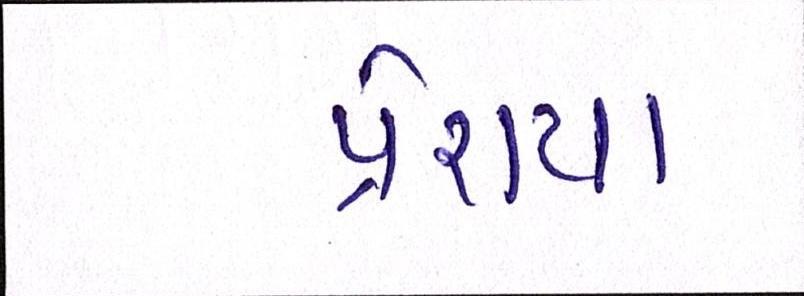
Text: પ્રેરાયા